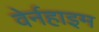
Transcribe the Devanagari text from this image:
वेर्नहाइम